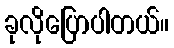
ခုလိုပြောပါတယ်။